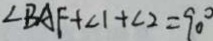
\angle B A F + \angle 1 + \angle 2 = 9 0 ^ { \circ }